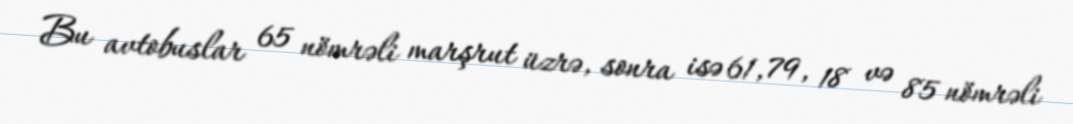
Bu avtobuslar 65 nömrəli marşrut üzrə, sonra isə 61, 79, 18 və 85 nömrəli